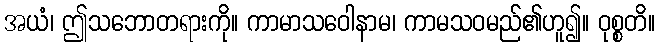
အယံ၊ ဤသဘောတရားကို။ ကာမာသဝေါနာမ၊ ကာမသဝမည်၏ဟူ၍။ ဝုစ္စတိ။